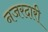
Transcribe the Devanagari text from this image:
नजरदारी